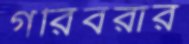
গরিবরার